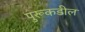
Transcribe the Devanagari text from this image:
पुरूकडील